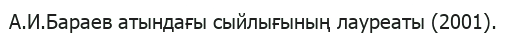
А.И.Бараев атындағы сыйлығының лауреаты (2001).